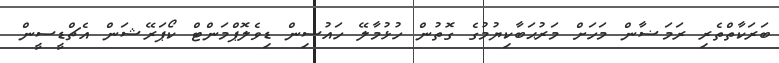
ބަރަކާތްތެރި ރަމަޟާން މަހަށް މަރުޙަބާކިޔުމުގެ ގޮތުން ހުޅުމާލޭ ހައުސިން ޑިވެލޮޕްމަންޓް ކޯޕަރޭޝަން އެޗްޑީސީން